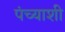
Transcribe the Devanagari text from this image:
पंच्याशी